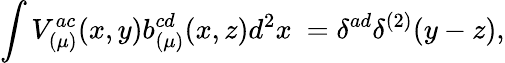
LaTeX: \int V_{(\mu)}^{ac}(x,y)b_{(\mu)}^{cd}(x,z)d^{2}x~=\delta^{ad}\delta^{(2)}(y-z),